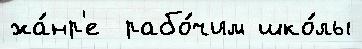
жа́нр'е  рабо́чим шко́лы